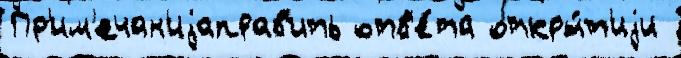
Пр'им'ечан'иjаправ'ить отв'е́та откры́т'иjи